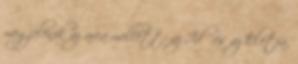
megjelenik az arca mellett: az Idő és az Életfa,